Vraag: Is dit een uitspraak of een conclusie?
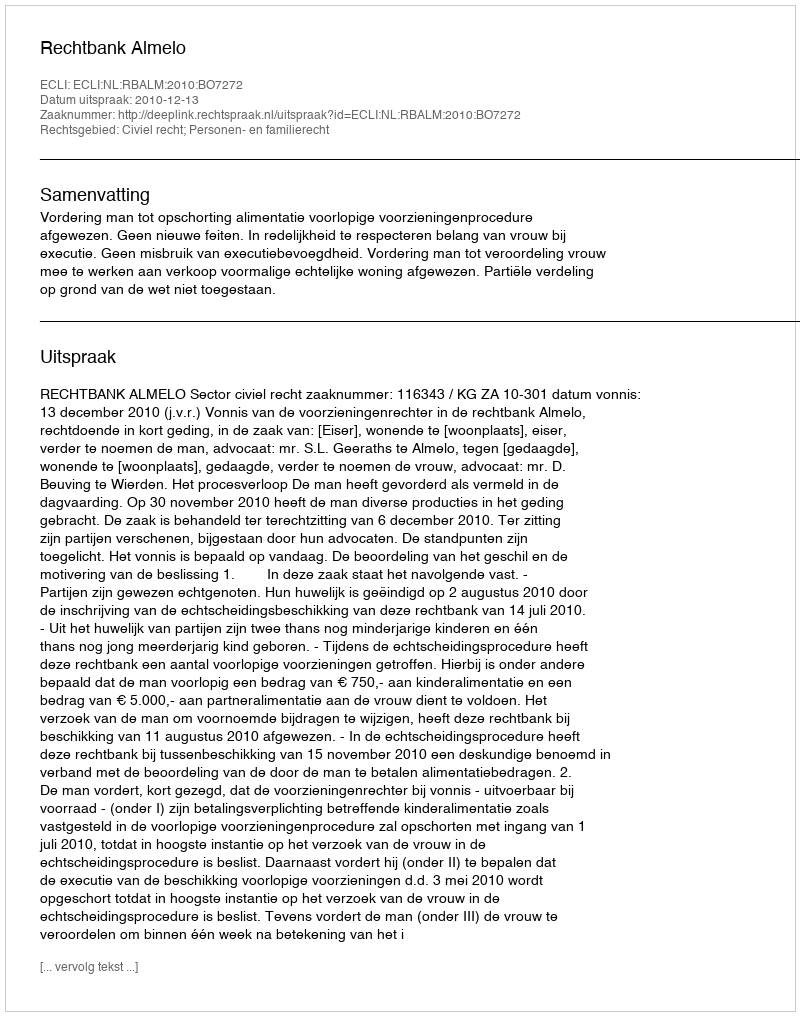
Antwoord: Uitspraak